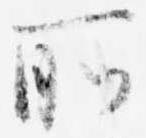
所